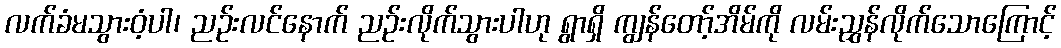
လက်ခံမသွားဝံ့ပါ၊ ညဉ်းလင်နောက် ညဉ်းလိုက်သွားပါဟု ရွာရှိ ကျွန်တော့်အိမ်ကို လမ်းညွှန်လိုက်သောကြောင့်